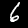
Label: 6